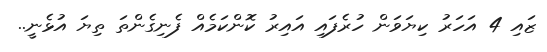
ޒައި 4 އަހަރު ކިޔަވަން ހުރެފައި އައިރު ކޮންކަމެއް ފެނިގެންތަ ތިޔަ އުޅެނީ..